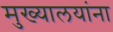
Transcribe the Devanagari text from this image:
मुख्यालयांना